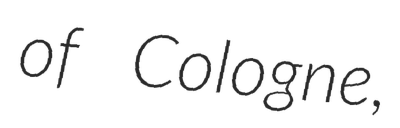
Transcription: of Cologne,